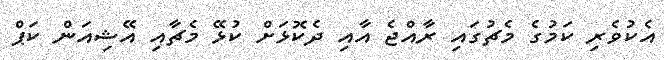
އެކުވެރި ކަމުގެ މެޗުގައި ރާއްޖެ އާއި ދެކޮޅަށް ކުޅޭ މެޗާއި އޭޝިއަން ކަޕް